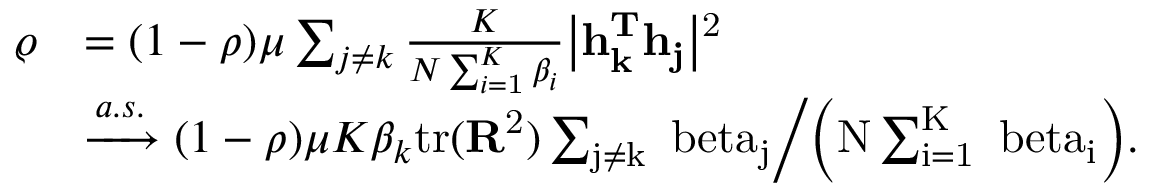
\begin{array} { r } { \begin{array} { r l } { \varrho } & { = ( 1 - \rho ) \mu \sum _ { j \neq k } \mit \frac { K } { N \sum _ { i = \mathrm { 1 } } \mit ^ { K } \beta _ { i } } \big | \bf { h } \mit _ { k } ^ { T } \bf { h } \mit _ { j } \big | \mathrm { ^ 2 } } \\ & { \xrightarrow { a . s . } ( 1 - \rho ) \mu K \beta _ { k } \mathrm { t r ( \bf { R } \mathrm { ^ 2 ) \mit \sum _ { j \neq k } \ b e t a _ { j } \bigg / \bigg ( N \sum _ { i = \mathrm { 1 } } \mit ^ { K } \ b e t a _ { i } \bigg ) . } } } \end{array} } \end{array}